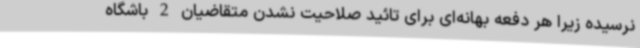
نرسیده زیرا هر دفعه بهانه‌ای برای تائید صلاحیت نشدن متقاضیان 2 باشگاه